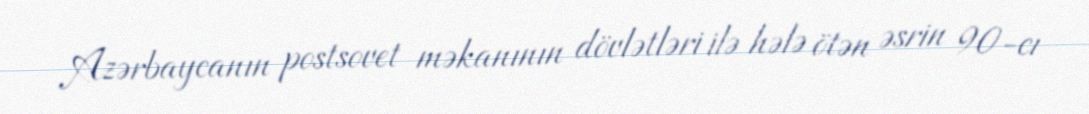
Azərbaycanın postsovet məkanının dövlətləri ilə hələ ötən əsrin 90-cı